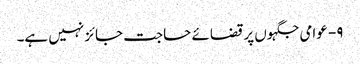
۹- عوامی جگہوں پر قضائے حاجت جائز نہیں ہے۔